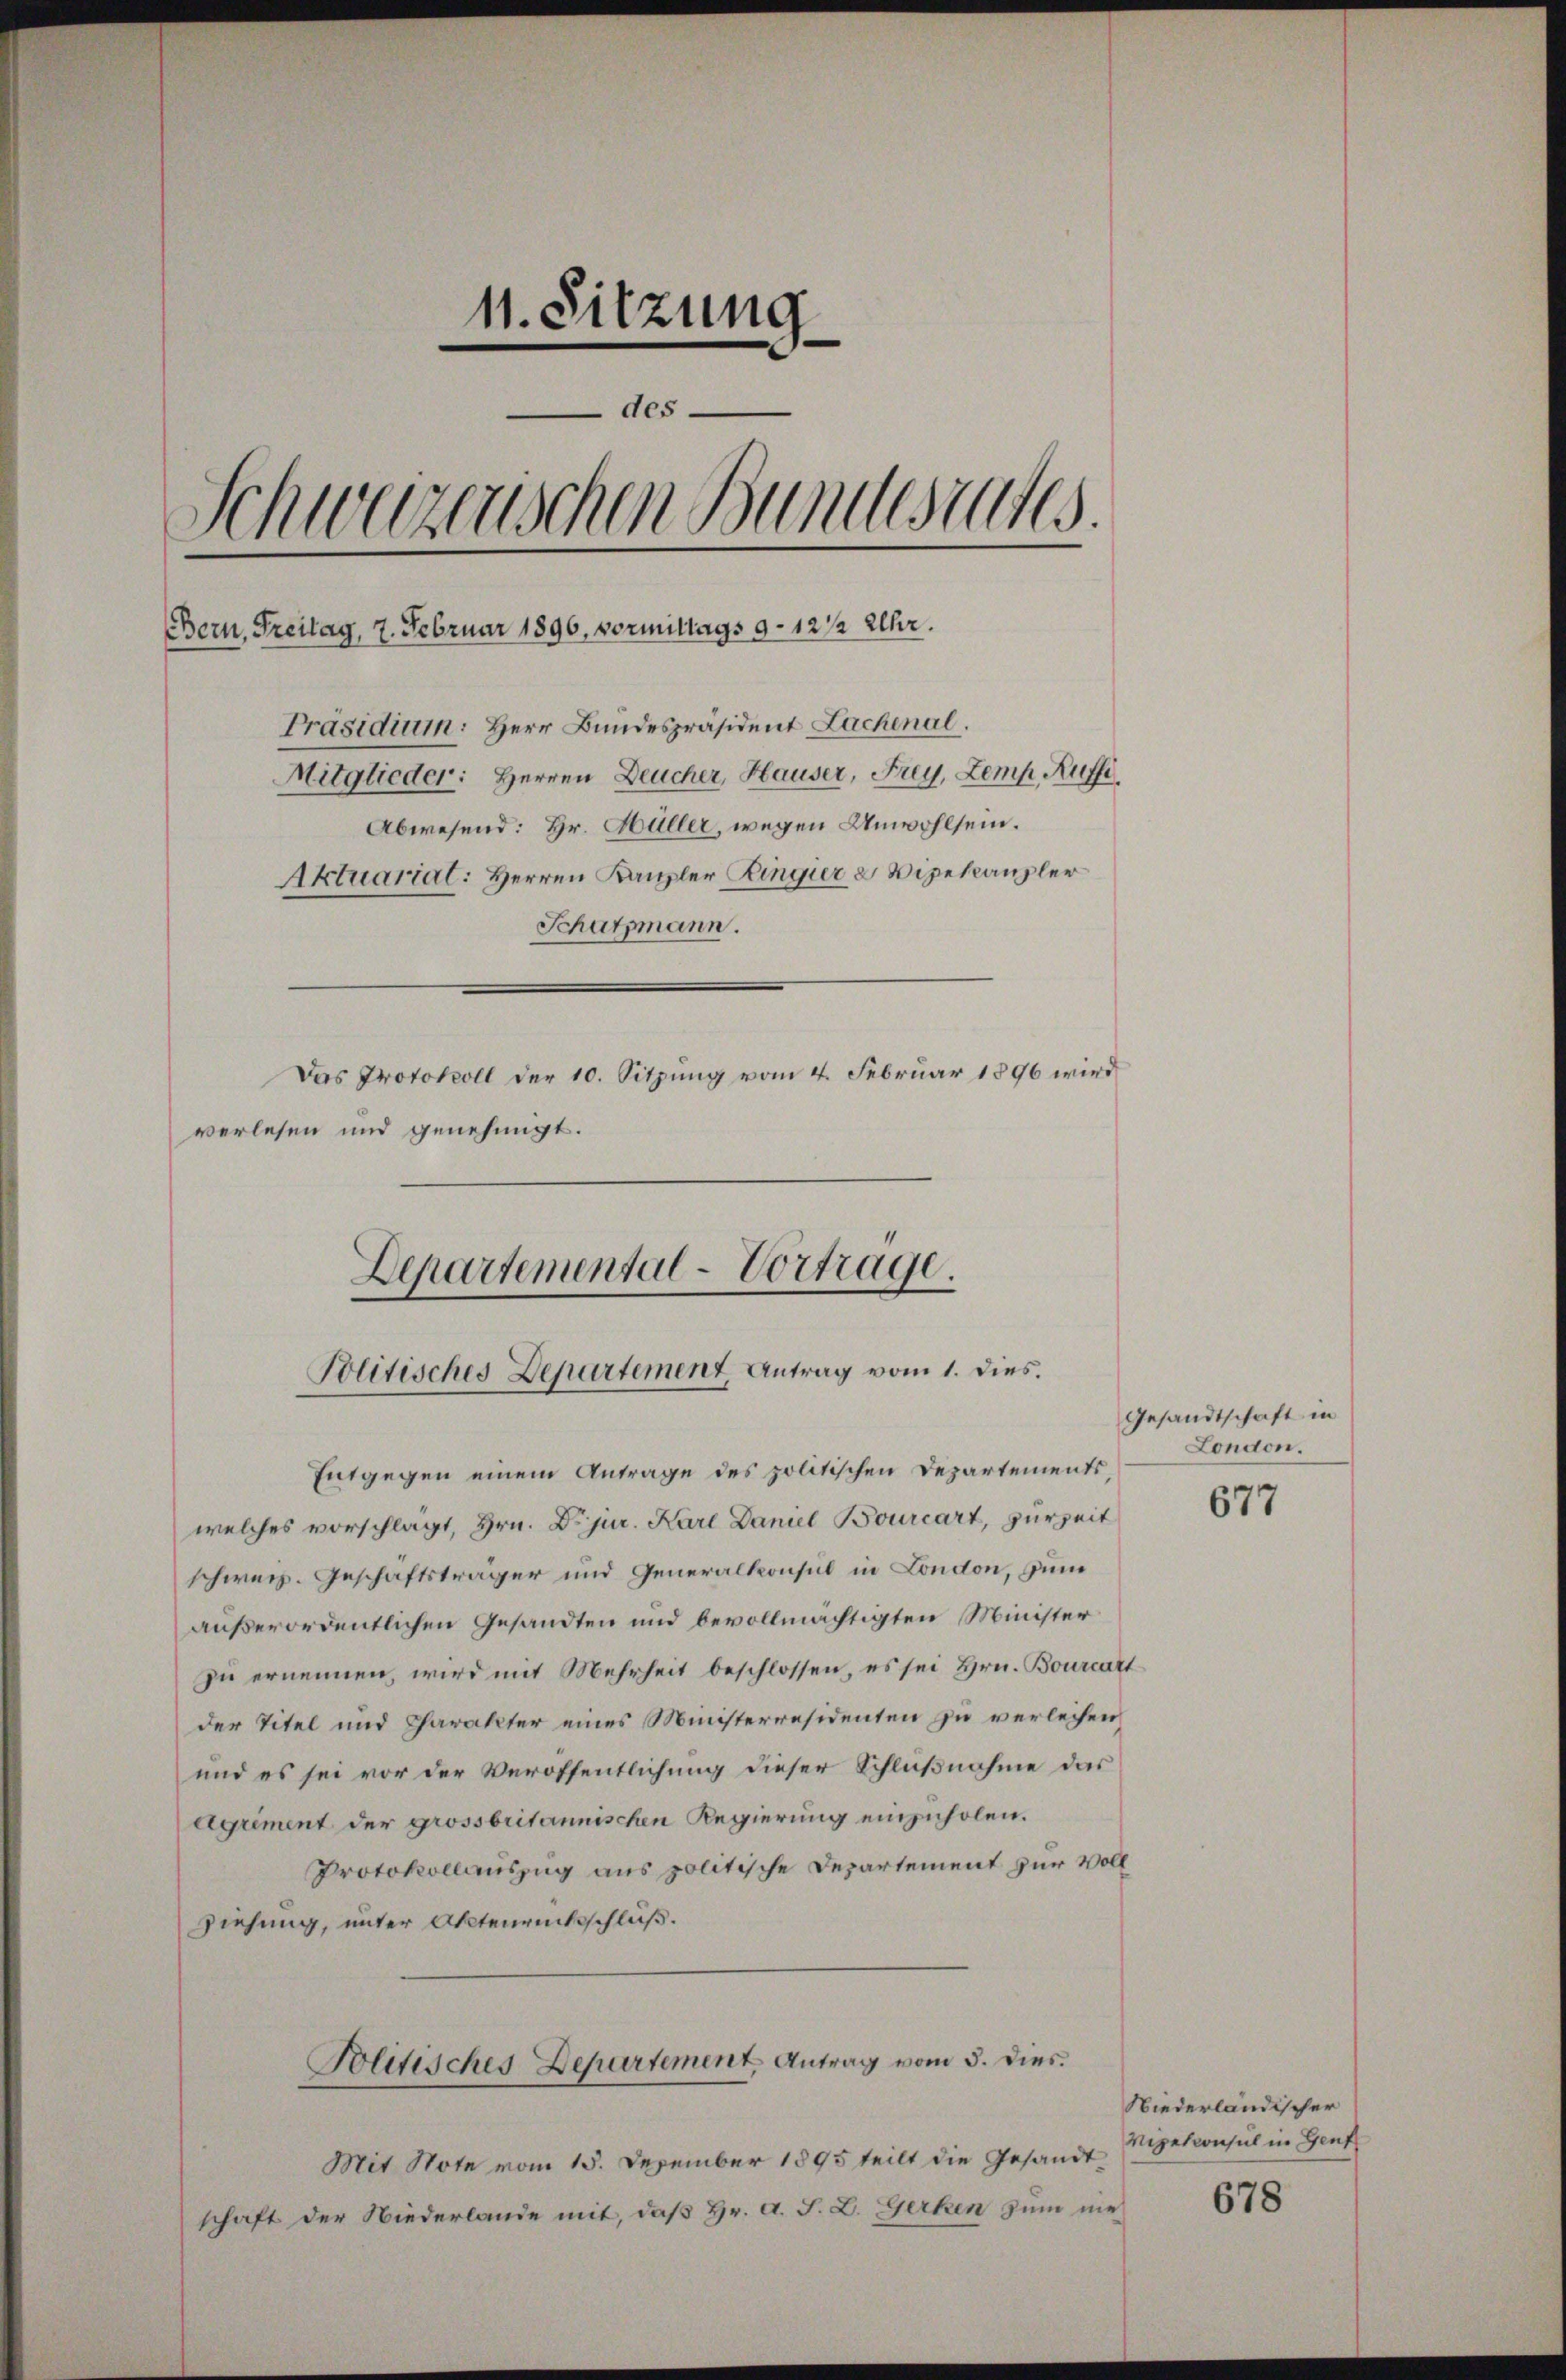
11. Sitzung
des.
Schweizerischen Bundesrates.
EBern, Freitag, 7. Februar 1896. Vormittags 9 - 12 1/2 Uhr.
Präsidium: Herr Bundespräsident Lachenal.
Mitglieder: Herren Deucher, Hauser, Frey, Zemp Aufsi
Abwesend: Hr. Hüller, wegen Unwohlsein.
Aktuarial: Herren Kanzler Ringier u Vizekanzler
Schatzmann.
Das Protokoll der 10. Sitzung vom 4. Februar 1896 wird
verlesen und genehmigt.

Departemental-Vortrage.
Politisches Departement, Antrag vom 1. dies.

Entgegen einem Antrage des politischen Departements
welches vorschlagt, Hrn. Dr. jur. Karl Daniel Bourcart, zurzeit
schweiz. Geschäftsträger und Generalkonsul in London, zum
außerordentlichen Gesandten und bevollmächtigten Minister
zŭ ernennen, wird mit Mehrheit beschlossen, es sei Hrn. Bourcat
der Titel und Charakter eines Ministerresidenten zu verleihen,
und es sei vor der Veröffentlichung dieser Schlußnahme das
eigriment der grossbritannischen Regierung einzuholen.
Protokollauszug aus politische Departement zur Voll
Ziehung, unter Aktenrückschluß.
Politisches Departement Antrag vom 5. dies
Mit Note vom 15. Dezember 1895 teilt die Gesandt, Vizesconsul in Genf
schaft der Niederlande mit, daß Hr. A. F. L. Gerken zum nie¬

Gesandtschaft in
London.

677

Niederländischer

678